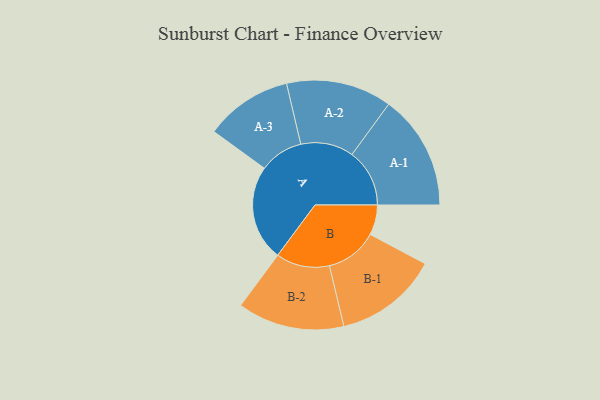
{"axis": {"x": "Segment", "y": "Value"}, "legend": ["", "A", "B"], "data": [{"x": "A", "y": 440, "type": ""}, {"x": "B", "y": 138, "type": ""}, {"x": "A-1", "y": 265, "type": "A"}, {"x": "A-2", "y": 243, "type": "A"}, {"x": "A-3", "y": 201, "type": "A"}, {"x": "B-1", "y": 239, "type": "B"}, {"x": "B-2", "y": 246, "type": "B"}]}